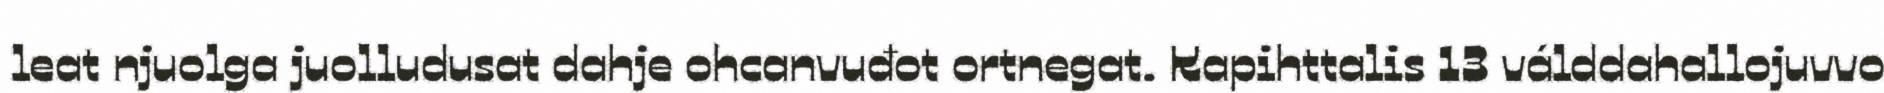
leat njuolga juolludusat dahje ohcanvuđot ortnegat. Kapihttalis 13 válddahallojuvvo